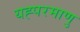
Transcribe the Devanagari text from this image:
यह्परमाणु